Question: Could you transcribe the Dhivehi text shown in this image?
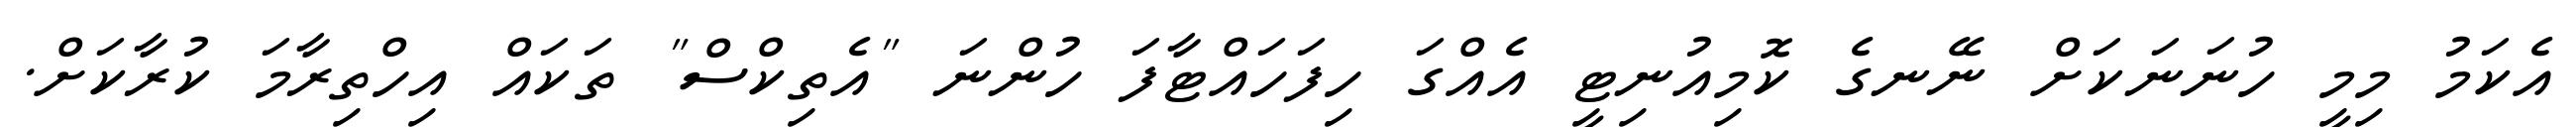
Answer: އެކަމު މިމީ ހުނަނަކަށް ނޭނގެ ކޮމިއުނިޓީ އެއްގަ ހިފަހައްޓާފަ ހުންނަ "އެތިކްސް" ތަކައް އިހްތިރާމަ ކުރާކަށް.